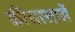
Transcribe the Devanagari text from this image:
कीयरसार्जे